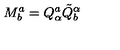
M _ { b } ^ { a } = Q _ { \alpha } ^ { a } \tilde { Q } _ { b } ^ { \alpha }